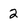
Character: 2